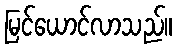
မြင်ယောင်လာသည်။